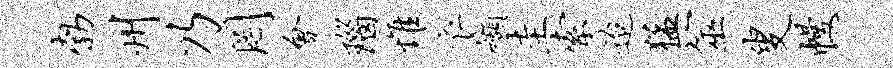
勃州乃罔会瑙惟衣缬圭索迨猛筮叟幔